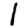
Digit: 1